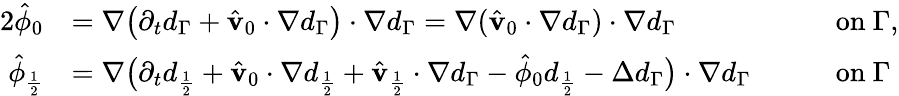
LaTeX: \begin{array}{rlrl}{{2}\hat{\phi}_{0}}&{=\nabla\big(\partial_{t}d_{\Gamma}+\hat{\mathbf{v}}_{0}\cdot\nabla d_{\Gamma}\big)\cdot\nabla d_{\Gamma}=\nabla(\hat{\mathbf{v}}_{0}\cdot\nabla d_{\Gamma})\cdot\nabla d_{\Gamma}}&{\quad}&{\mathrm{on}\ \Gamma,}\\ {\hat{\phi}_{\frac{1}{2}}}&{=\nabla\big(\partial_{t}d_{\frac{1}{2}}+\hat{\mathbf{v}}_{0}\cdot\nabla d_{\frac{1}{2}}+\hat{\mathbf{v}}_{\frac{1}{2}}\cdot\nabla d_{\Gamma}-\hat{\phi}_{0}d_{\frac{1}{2}}-\Delta d_{\Gamma}\big)\cdot\nabla d_{\Gamma}}&{\quad}&{\mathrm{on}\ \Gamma}\end{array}